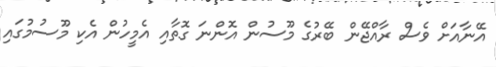
އޭނާއަށް ވެސް ރާއްޖޭން ބޭރުގެ މޫސުން އޮންނަ ގޮތާއި އެމީހުން އެކި މޫސުމުގައި